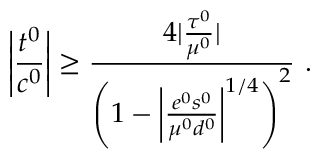
\left| { \frac { t ^ { 0 } } { c ^ { 0 } } } \right| \ge { \frac { 4 | { \frac { \tau ^ { 0 } } { \mu ^ { 0 } } } | } { \left( 1 - \left| { \frac { e ^ { 0 } s ^ { 0 } } { \mu ^ { 0 } d ^ { 0 } } } \right| ^ { 1 / 4 } \right) ^ { 2 } } } ~ .